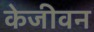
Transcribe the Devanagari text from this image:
केजीवन